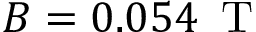
B = 0 . 0 5 4 \, \mathrm { ~ T ~ }